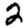
Digit: 2